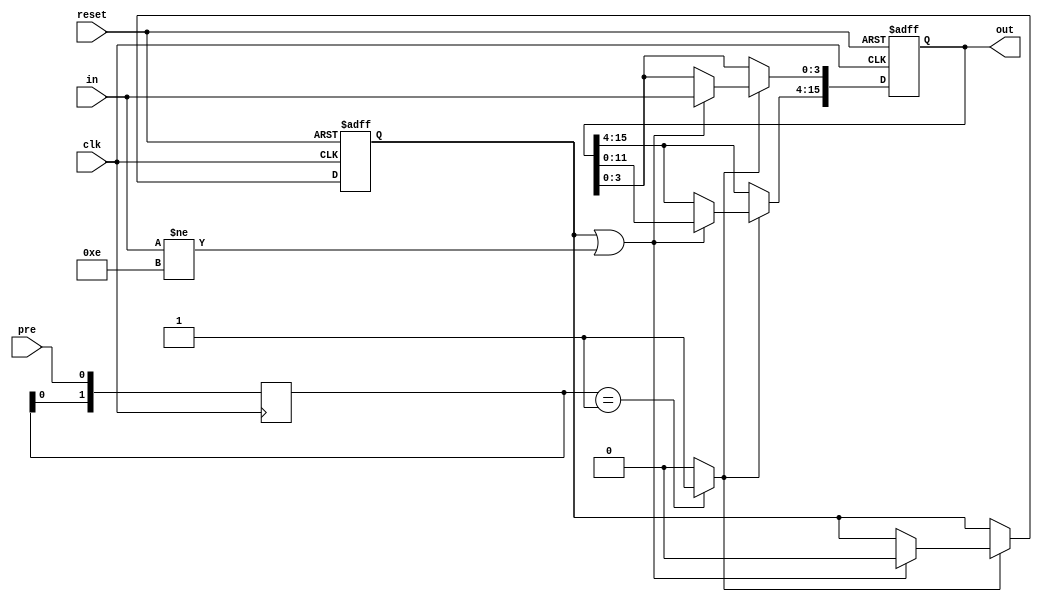
module shift_reg #(parameter COUNT = 4, parameter WIDTH = 4, parameter START = 0)
(
	input clk, 
	input pre,
	input reset,
	input [WIDTH-1:0] in,
	output reg [(COUNT*WIDTH)-1:0] out
);

reg [1:0] prev;

always @(posedge clk) begin
	prev[0] <= pre;
	prev[1] <= prev[0];
end

wire jump = (prev == 2'b01) ? 1'b1 : 1'b0;


reg first = 1;

always @ (posedge clk, negedge reset) begin
	if (~reset) begin
		out <= START;
		first <= 1;
	end

	else if (jump) begin
		if (first == 1 || in[WIDTH-1:0] != 4'b1110) begin
			out <= out << WIDTH;
			out[WIDTH-1:0] <= in;
			first <= 0; 
		end
	end
	
	else begin
		out <= out;
		first <= first;
	end
end

endmodule